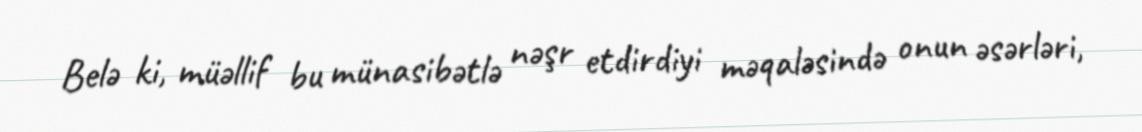
Belə ki, müəllif bu münasibətlə nəşr etdirdiyi məqaləsində onun əsərləri,